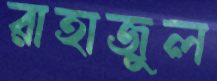
রাহাজুল